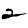
Digit: 2